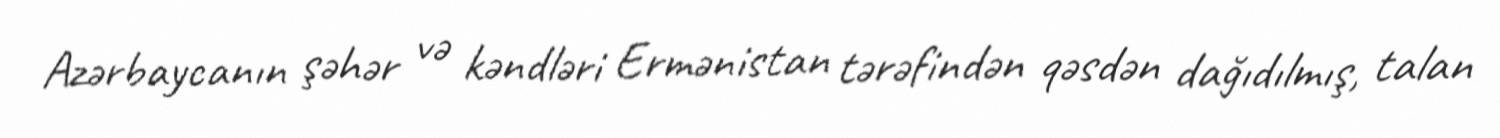
Azərbaycanın şəhər və kəndləri Ermənistan tərəfindən qəsdən dağıdılmış, talan